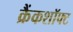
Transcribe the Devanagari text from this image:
क्रैंकशॉफ्ट